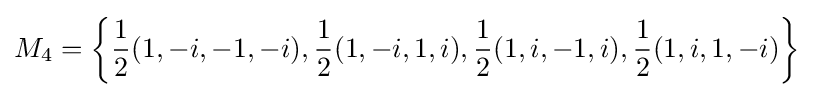
M_{4}=\left\{{\frac {1}{2}}(1,-i,-1,-i),{\frac {1}{2}}(1,-i,1,i),{\frac {1}{2}}(1,i,-1,i),{\frac {1}{2}}(1,i,1,-i)\right\}